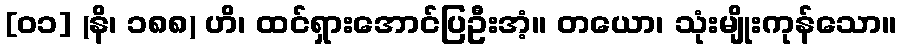
[၀၁] (နိ၊ ၁၈၈) ဟိ၊ ထင်ရှားအောင်ပြဦးအံ့။ တယော၊ သုံးမျိုးကုန်သော။